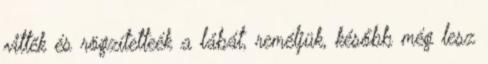
vitték és rögzítetteék a lábát, reméljük, később még lesz